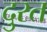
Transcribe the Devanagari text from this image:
दु्रत